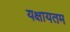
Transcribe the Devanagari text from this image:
यक्षायतम